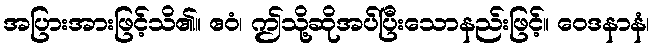
အပြားအားဖြင့်သိ၏။ ဧဝံ၊ ဤသို့ဆိုအပ်ပြီးသောနည်းဖြင့်။ ဝေဒနာနံ၊